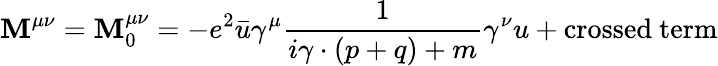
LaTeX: \mathbf{M}^{\mu\nu}=\mathbf{M}_{0}^{\mu\nu}=-e^{2}\bar{{u}}\gamma^{\mu}\frac{{1}}{{i\gamma\cdot(p+q)+m}}\gamma^{\nu}u+\mathrm{{crossed~term}}